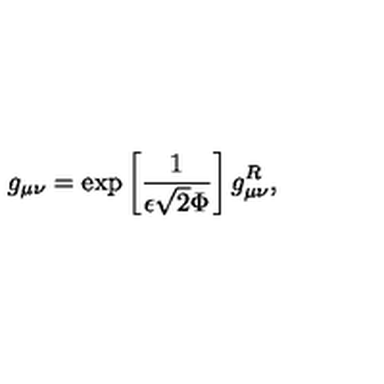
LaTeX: g _ { \mu \nu } = \exp \left[ \frac { 1 } { \epsilon \sqrt { 2 } \Phi } \right] g _ { \mu \nu } ^ { R } ,